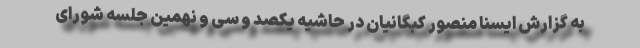
به گزارش ایسنا منصور کبگانیان در حاشیه یکصد و سی و نهمین جلسه شورای